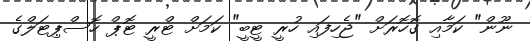
ނޫން" ކަމާއި ގޮހޮރަށް "ޖެހިފައި ހުރީ ޓީބީ" ކަމަށް ޓްރީ ޓޮޕް ހޮސްޕިޓަލްގެ